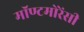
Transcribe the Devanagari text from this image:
मॉण्टमोरेंसी